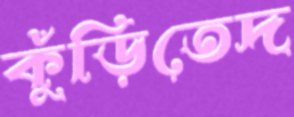
কুঁড়িতেদ